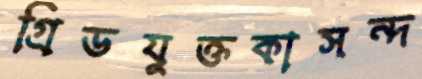
গ্রিডযুক্তকাসন্দ